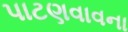
પાટણવાવના